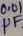
Text: 0.01µF